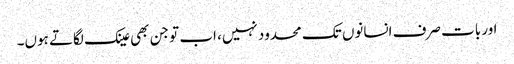
اور بات صرف انسانوں تک محدود نہیں، اب تو جن بھی عینک لگاتے ہوں۔